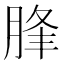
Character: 䏺